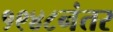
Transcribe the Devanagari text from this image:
१९४८नंतर